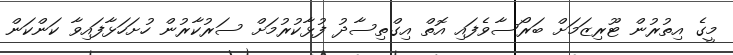
މީގެ އިތުރުން ޓޫރިޒަމަށް ބަރޯސާވެފައި އޮތް އިގްތިސާދު ފުޅާކުރުމަށް ސަރުކާރުން ހުށަހަޅާފައިވާ ކަންކަން